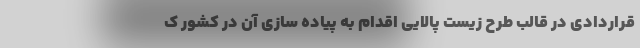
قراردادی در قالب طرح زیست پالایی اقدام به پیاده سازی آن در کشور ک